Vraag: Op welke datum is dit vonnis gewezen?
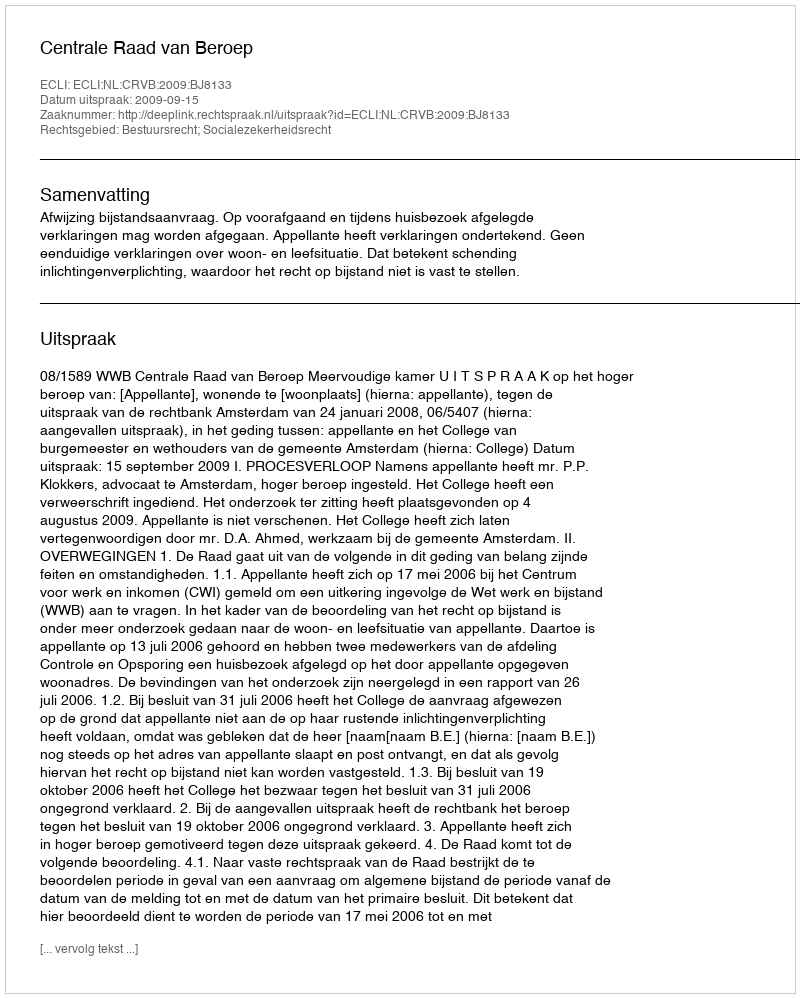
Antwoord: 2009-09-15